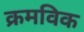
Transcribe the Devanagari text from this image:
क्रमविक